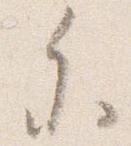
参